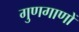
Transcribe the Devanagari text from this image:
गुणगाणों